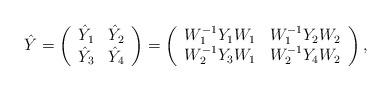
LaTeX: \begin{align*}\hat Y =\left(\begin{array}{cc} \hat Y_1 & \hat Y_2 \\ \hat Y_3 & \hat Y_4 \\\end{array}\right)=\left(\begin{array}{cc} W_1^{-1} Y_1 W_1 & W_1^{-1} Y_2 W_2 \\W_2^{-1} Y_3 W_1 & W_2^{-1} Y_4 W_2 \\\end{array}\right),\end{align*}